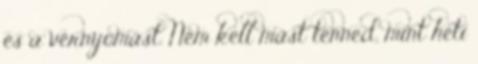
és a vérnyomást. Nem kell mást tenned, mint heti